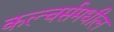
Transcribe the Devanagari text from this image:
कल्चर्समधील